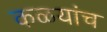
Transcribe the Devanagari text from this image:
कळयांच